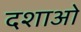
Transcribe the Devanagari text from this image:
दशाओ